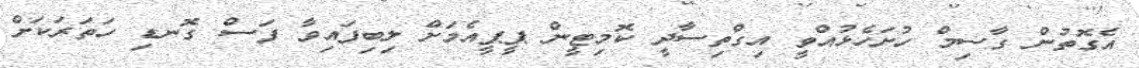
އެގޮތުން ގާސިމް ހުށަހެޅުއްވީ އިގްތިސާދީ ކޮމިޓީން ޕީޕީއެމަށް ލިބިފައިވާ ފަސް ގޮނޑި ހަތަރަކަށް